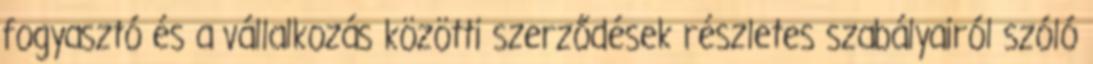
fogyasztó és a vállalkozás közötti szerződések részletes szabályairól szóló